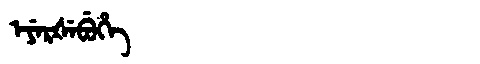
Manchu: ᡝᠶᡝᡵᡧᡝᠪᡠᡥᡝ
Romanization: EYERŠEBUHE